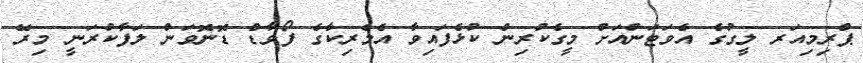
ޕްރިމިއަރ ލީގުގެ އެވަޓަންއަށް މީގެކުރިން ކުޅެފައިވާ އެމެރިކާގެ ފޯވާޑް ޑޮނޮވަން ލަފާކުރަނީ މިރޭ